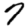
Digit: 7